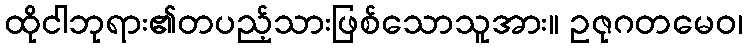
ထိုငါဘုရား၏တပည့်သားဖြစ်သောသူအား။ ဥဇုဂတမေဝ၊